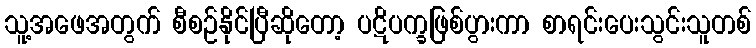
သူ့အဖေအတွက် စီစဉ်နိုင်ပြီဆိုတော့ ပဋိပက္ခဖြစ်ပွားကာ စာရင်းပေးသွင်းသူတစ်